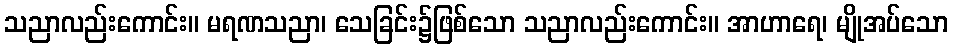
သညာလည်းကောင်း။ မရဏသညာ၊ သေခြင်း၌ဖြစ်သော သညာလည်းကောင်း။ အာဟာရေ၊ မျိုအပ်သော